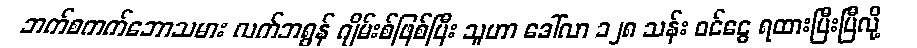
ဘက်စကက်ဘောသမား လက်ဘရွန် ဂျိမ်းစ်ဖြစ်ပြီး သူဟာ ဒေါ်လာ ၁၂၈ သန်း ဝင်ငွေ ရထားပြီးပြီလို့